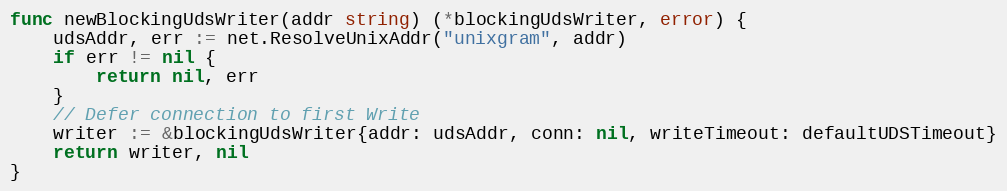
Language: Go
func newBlockingUdsWriter(addr string) (*blockingUdsWriter, error) {
	udsAddr, err := net.ResolveUnixAddr("unixgram", addr)
	if err != nil {
		return nil, err
	}
	// Defer connection to first Write
	writer := &blockingUdsWriter{addr: udsAddr, conn: nil, writeTimeout: defaultUDSTimeout}
	return writer, nil
}